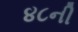
૪૮ની